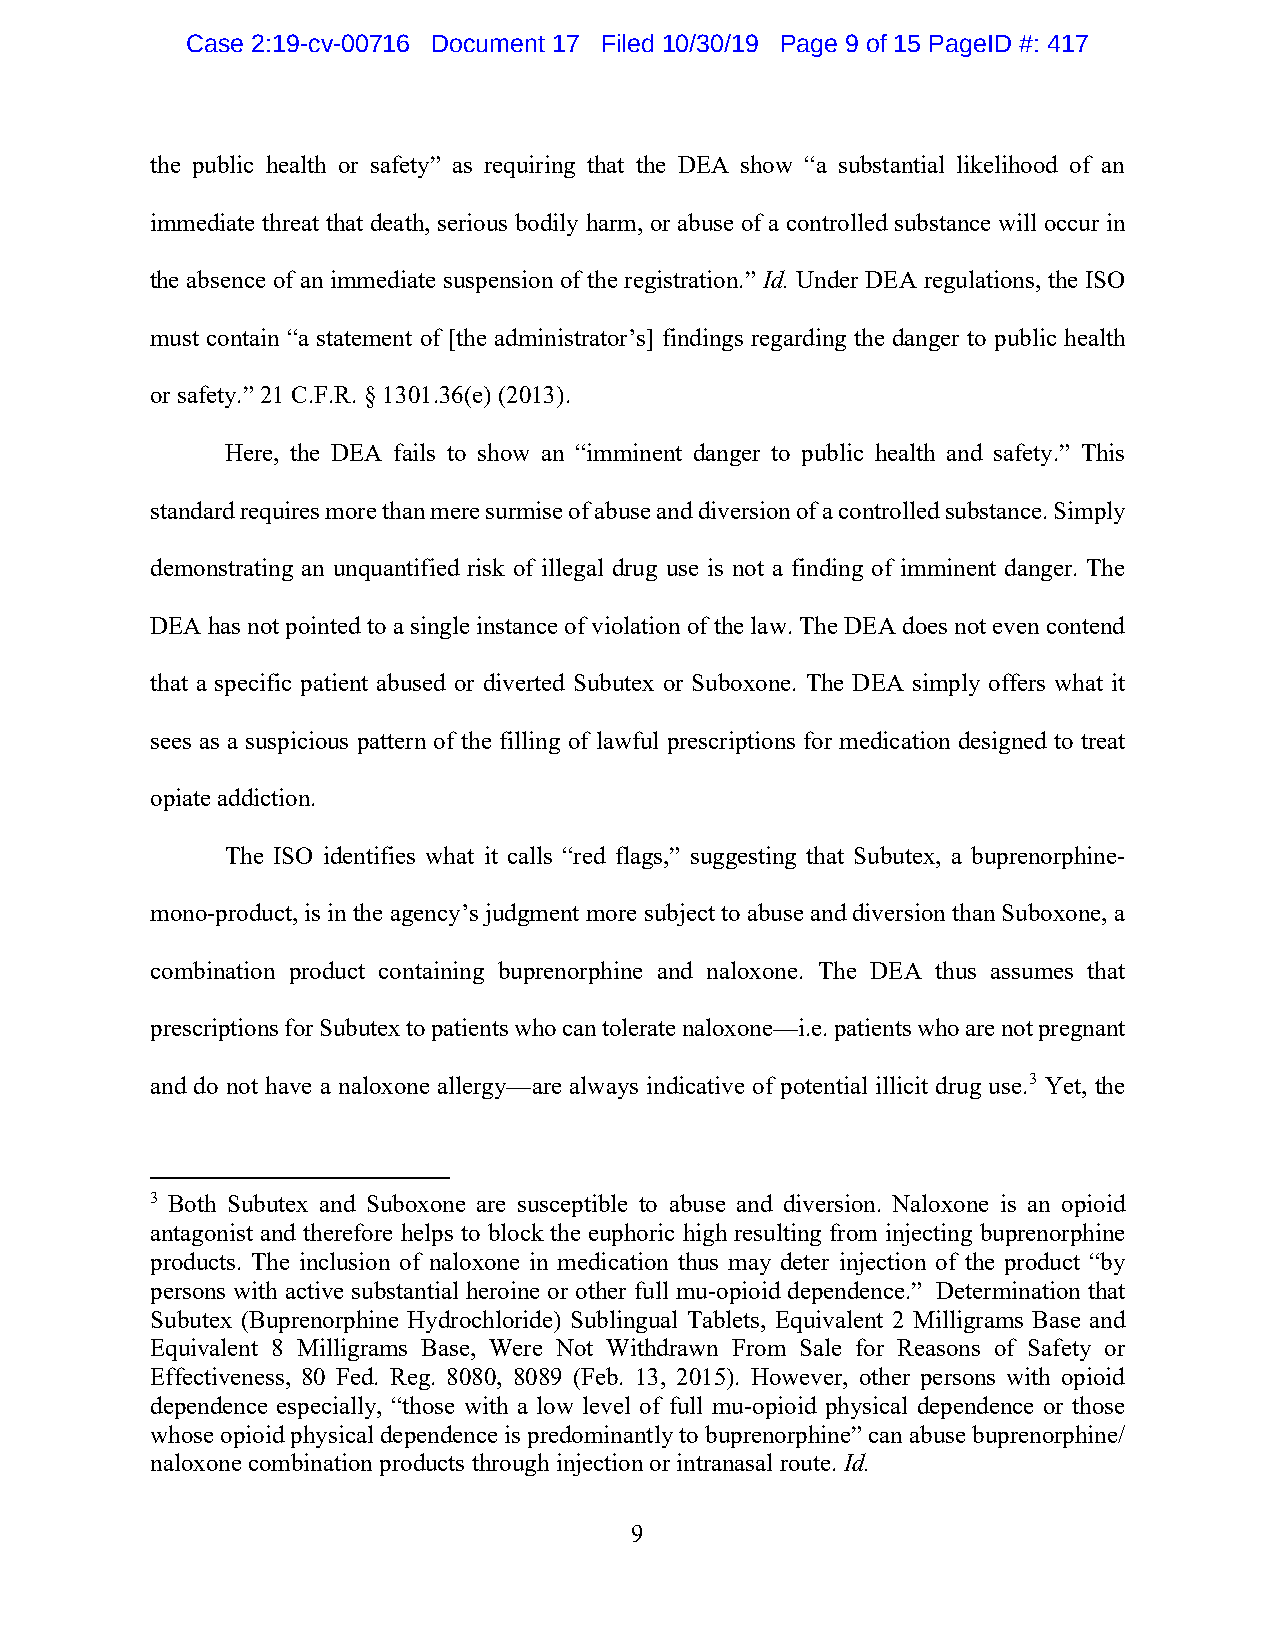
Case 2:19-cv-00716 Document 17 Filed 10/30/19 Page 9 of 15 PageID #: 417
 the public health or safety” as requiring that the DEA show “a substantial likelihood of an
 immediate threat that death, serious bodily harm, or abuse of a controlled substance will occur in
 the absence of an immediate suspension of the registration.” Id. Under DEA regulations, the ISO
 must contain “a statement of [the administrator’s] findings regarding the danger to public health
 or safety.” 21 C.F.R. § 1301.36(e) (2013).
 Here, the DEA fails to show an “imminent danger to public health and safety.” This
 standard requires more than mere surmise of abuse and diversion of a controlled substance. Simply
 demonstrating an unquantified risk of illegal drug use is not a finding of imminent danger. The
 DEA has not pointed to a single instance of violation of the law. The DEA does not even contend
 that a specific patient abused or diverted Subutex or Suboxone. The DEA simply offers what it
 sees as a suspicious pattern of the filling of lawful prescriptions for medication designed to treat
 opiate addiction.
 The ISO identifies what it calls “red flags,” suggesting that Subutex, a buprenorphine-
 mono-product, is in the agency’s judgment more subject to abuse and diversion than Suboxone, a
 combination product containing buprenorphine and naloxone. The DEA thus assumes that
 prescriptions for Subutex to patients who can tolerate naloxone—i.e. patients who are not pregnant
 and do not have a naloxone allergy—are always indicative of potential illicit drug use.3 Yet, the
 3 Both Subutex and Suboxone are susceptible to abuse and diversion. Naloxone is an opioid
 antagonist and therefore helps to block the euphoric high resulting from injecting buprenorphine
 products. The inclusion of naloxone in medication thus may deter injection of the product “by
 persons with active substantial heroine or other full mu-opioid dependence.” Determination that
 Subutex (Buprenorphine Hydrochloride) Sublingual Tablets, Equivalent 2 Milligrams Base and
 Equivalent 8 Milligrams Base, Were Not Withdrawn From Sale for Reasons of Safety or
 Effectiveness, 80 Fed. Reg. 8080, 8089 (Feb. 13, 2015). However, other persons with opioid
 dependence especially, “those with a low level of full mu-opioid physical dependence or those
 whose opioid physical dependence is predominantly to buprenorphine” can abuse buprenorphine/
 naloxone combination products through injection or intranasal route. Id.
 9